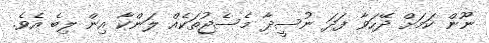
ނޫން ކަމަށް ދޭހަވާ ފަދަ ނުސީދާ މެސެޖުތަކެއް ލަންކާ އިން ލިބެ އެވެ.